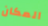
المكان